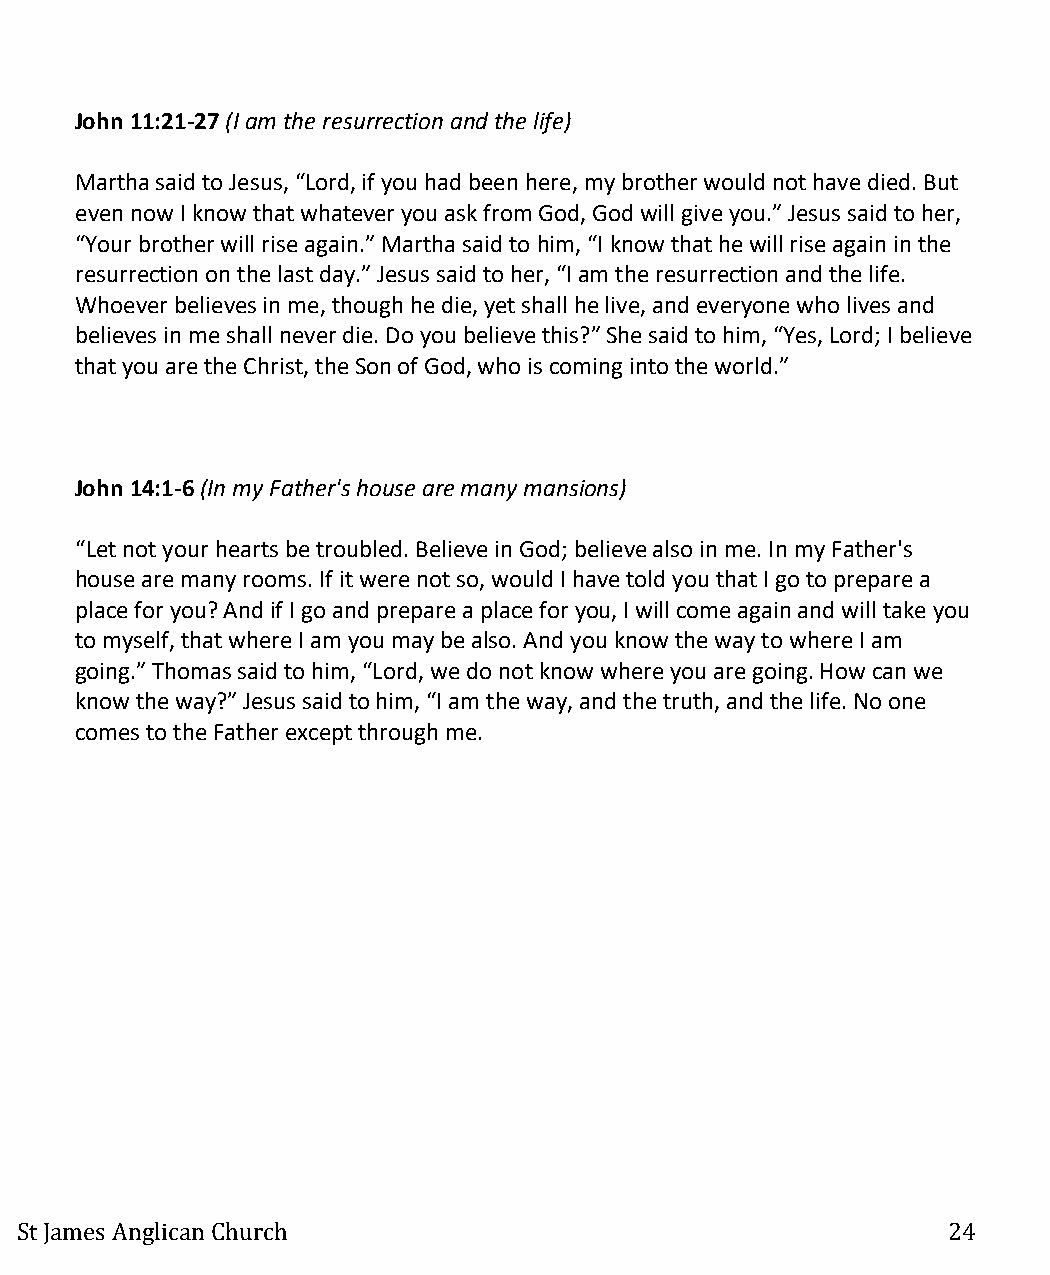
John 11:21-27 (I am the resurrection and the life)
 Martha said to Jesus, “Lord, if you had been here, my brother would not have died. But
 even now I know that whatever you ask from God, God will give you.” Jesus said to her,
 “Your brother will rise again.” Martha said to him, “I know that he will rise again in the
 resurrection on the last day.” Jesus said to her, “I am the resurrection and the life.
 Whoever believes in me, though he die, yet shall he live, and everyone who lives and
 believes in me shall never die. Do you believe this?” She said to him, “Yes, Lord; I believe
 that you are the Christ, the Son of God, who is coming into the world.”
 John 14:1-6 (In my Father's house are many mansions)
 “Let not your hearts be troubled. Believe in God; believe also in me. In my Father's
 house are many rooms. If it were not so, would I have told you that I go to prepare a
 place for you? And if I go and prepare a place for you, I will come again and will take you
 to myself, that where I am you may be also. And you know the way to where I am
 going.” Thomas said to him, “Lord, we do not know where you are going. How can we
 know the way?” Jesus said to him, “I am the way, and the truth, and the life. No one
 comes to the Father except through me.
 St James Anglican Church                                      24